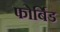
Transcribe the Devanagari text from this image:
फोर्बिड